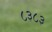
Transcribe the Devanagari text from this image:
८३८३